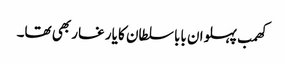
کھمب پہلوان بابا سلطان کا یار غار بھی تھا۔